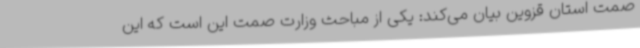
صمت استان قزوین بیان می‌کند: یکی از مباحث وزارت صمت این است که این